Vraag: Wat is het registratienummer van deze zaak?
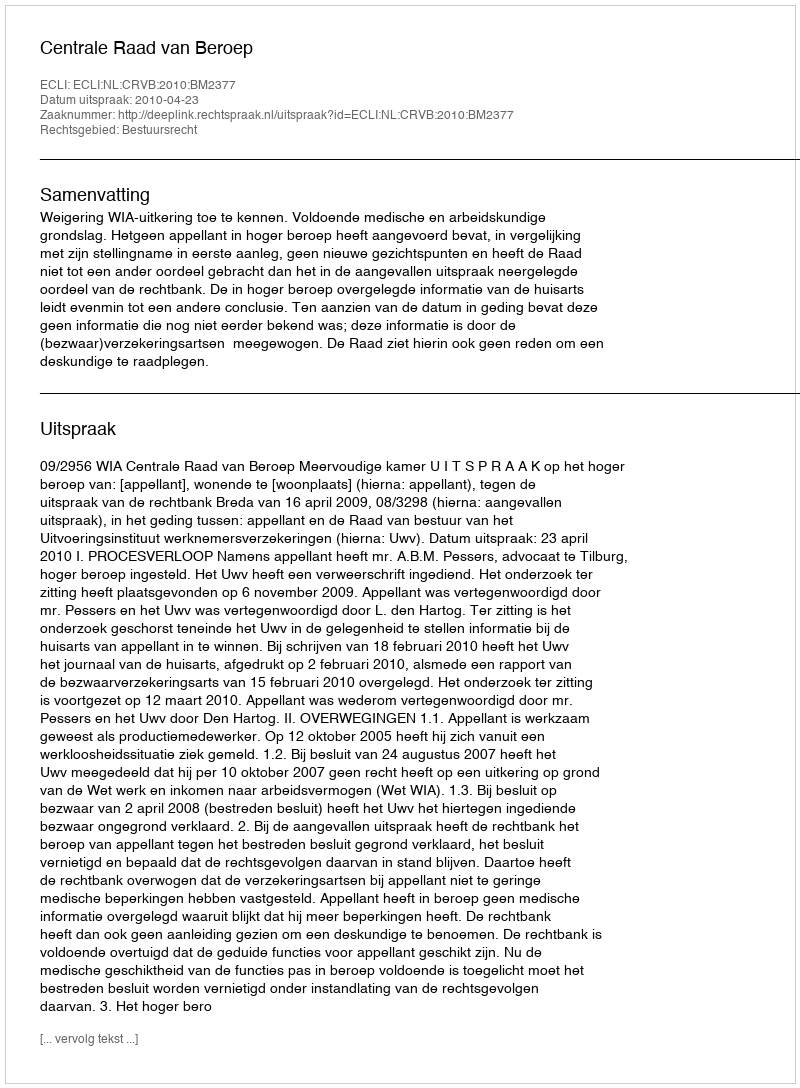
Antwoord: http://deeplink.rechtspraak.nl/uitspraak?id=ECLI:NL:CRVB:2010:BM2377